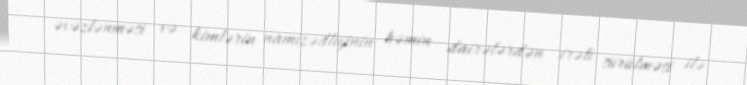
əvəzlənməsi və kimlərin namizədliyinin həmin dairələrdən irəli sürülməsi ilə